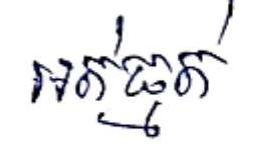
អត់ធ្មត់